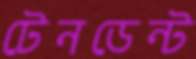
টেনডেন্ট